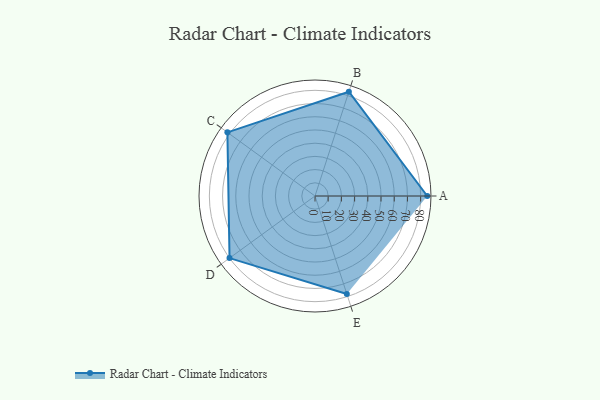
{"axis": {"x": "Skill", "y": "Score"}, "legend": ["Profile"], "data": [{"x": "A", "y": 85.0, "type": "Profile"}, {"x": "B", "y": 83.0, "type": "Profile"}, {"x": "C", "y": 82.0, "type": "Profile"}, {"x": "D", "y": 80.0, "type": "Profile"}, {"x": "E", "y": 78.0, "type": "Profile"}]}